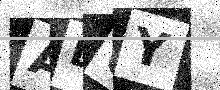
Text: AL6Y